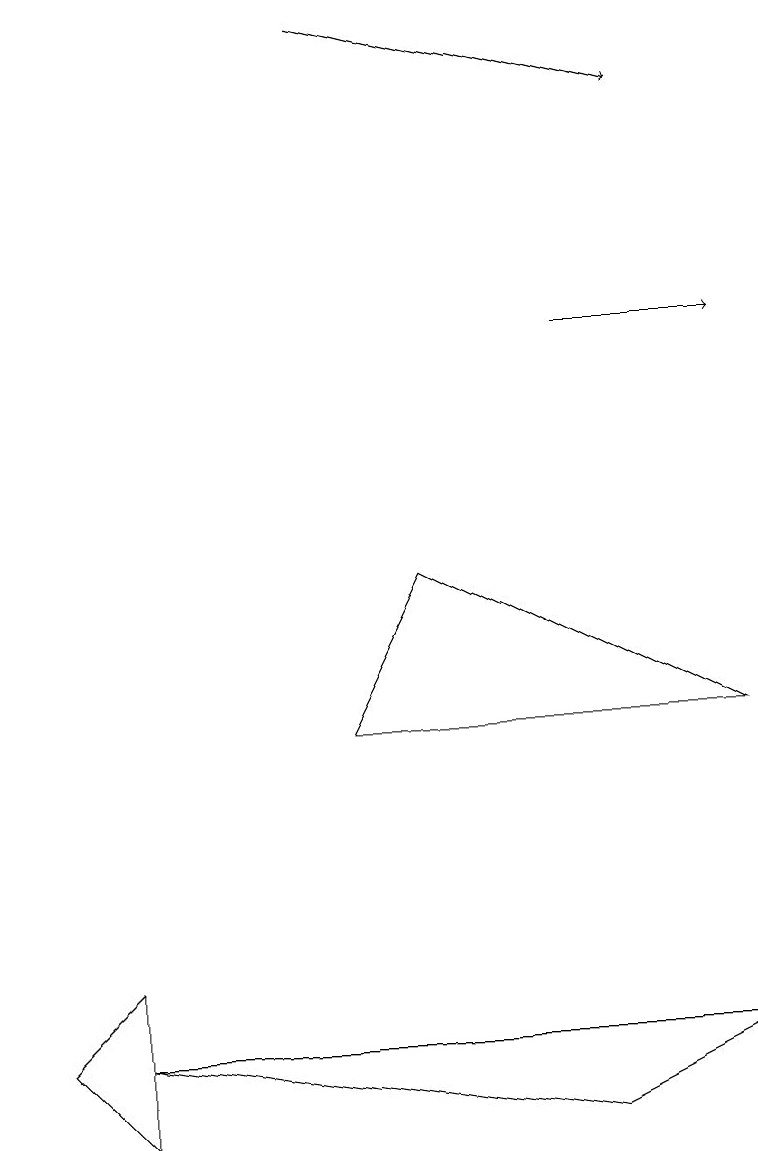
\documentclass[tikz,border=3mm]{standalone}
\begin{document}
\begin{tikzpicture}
\draw[->] (7,10) -- (9,10);
\draw[->] (4,14) -- (8,13);
\draw (1,1) -- (7,0) -- (9,1) -- cycle;
\draw (1,2) -- (0,1) -- (1,0) -- cycle;
\draw (4,5) -- (5,7) -- (9,5) -- cycle;
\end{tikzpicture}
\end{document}